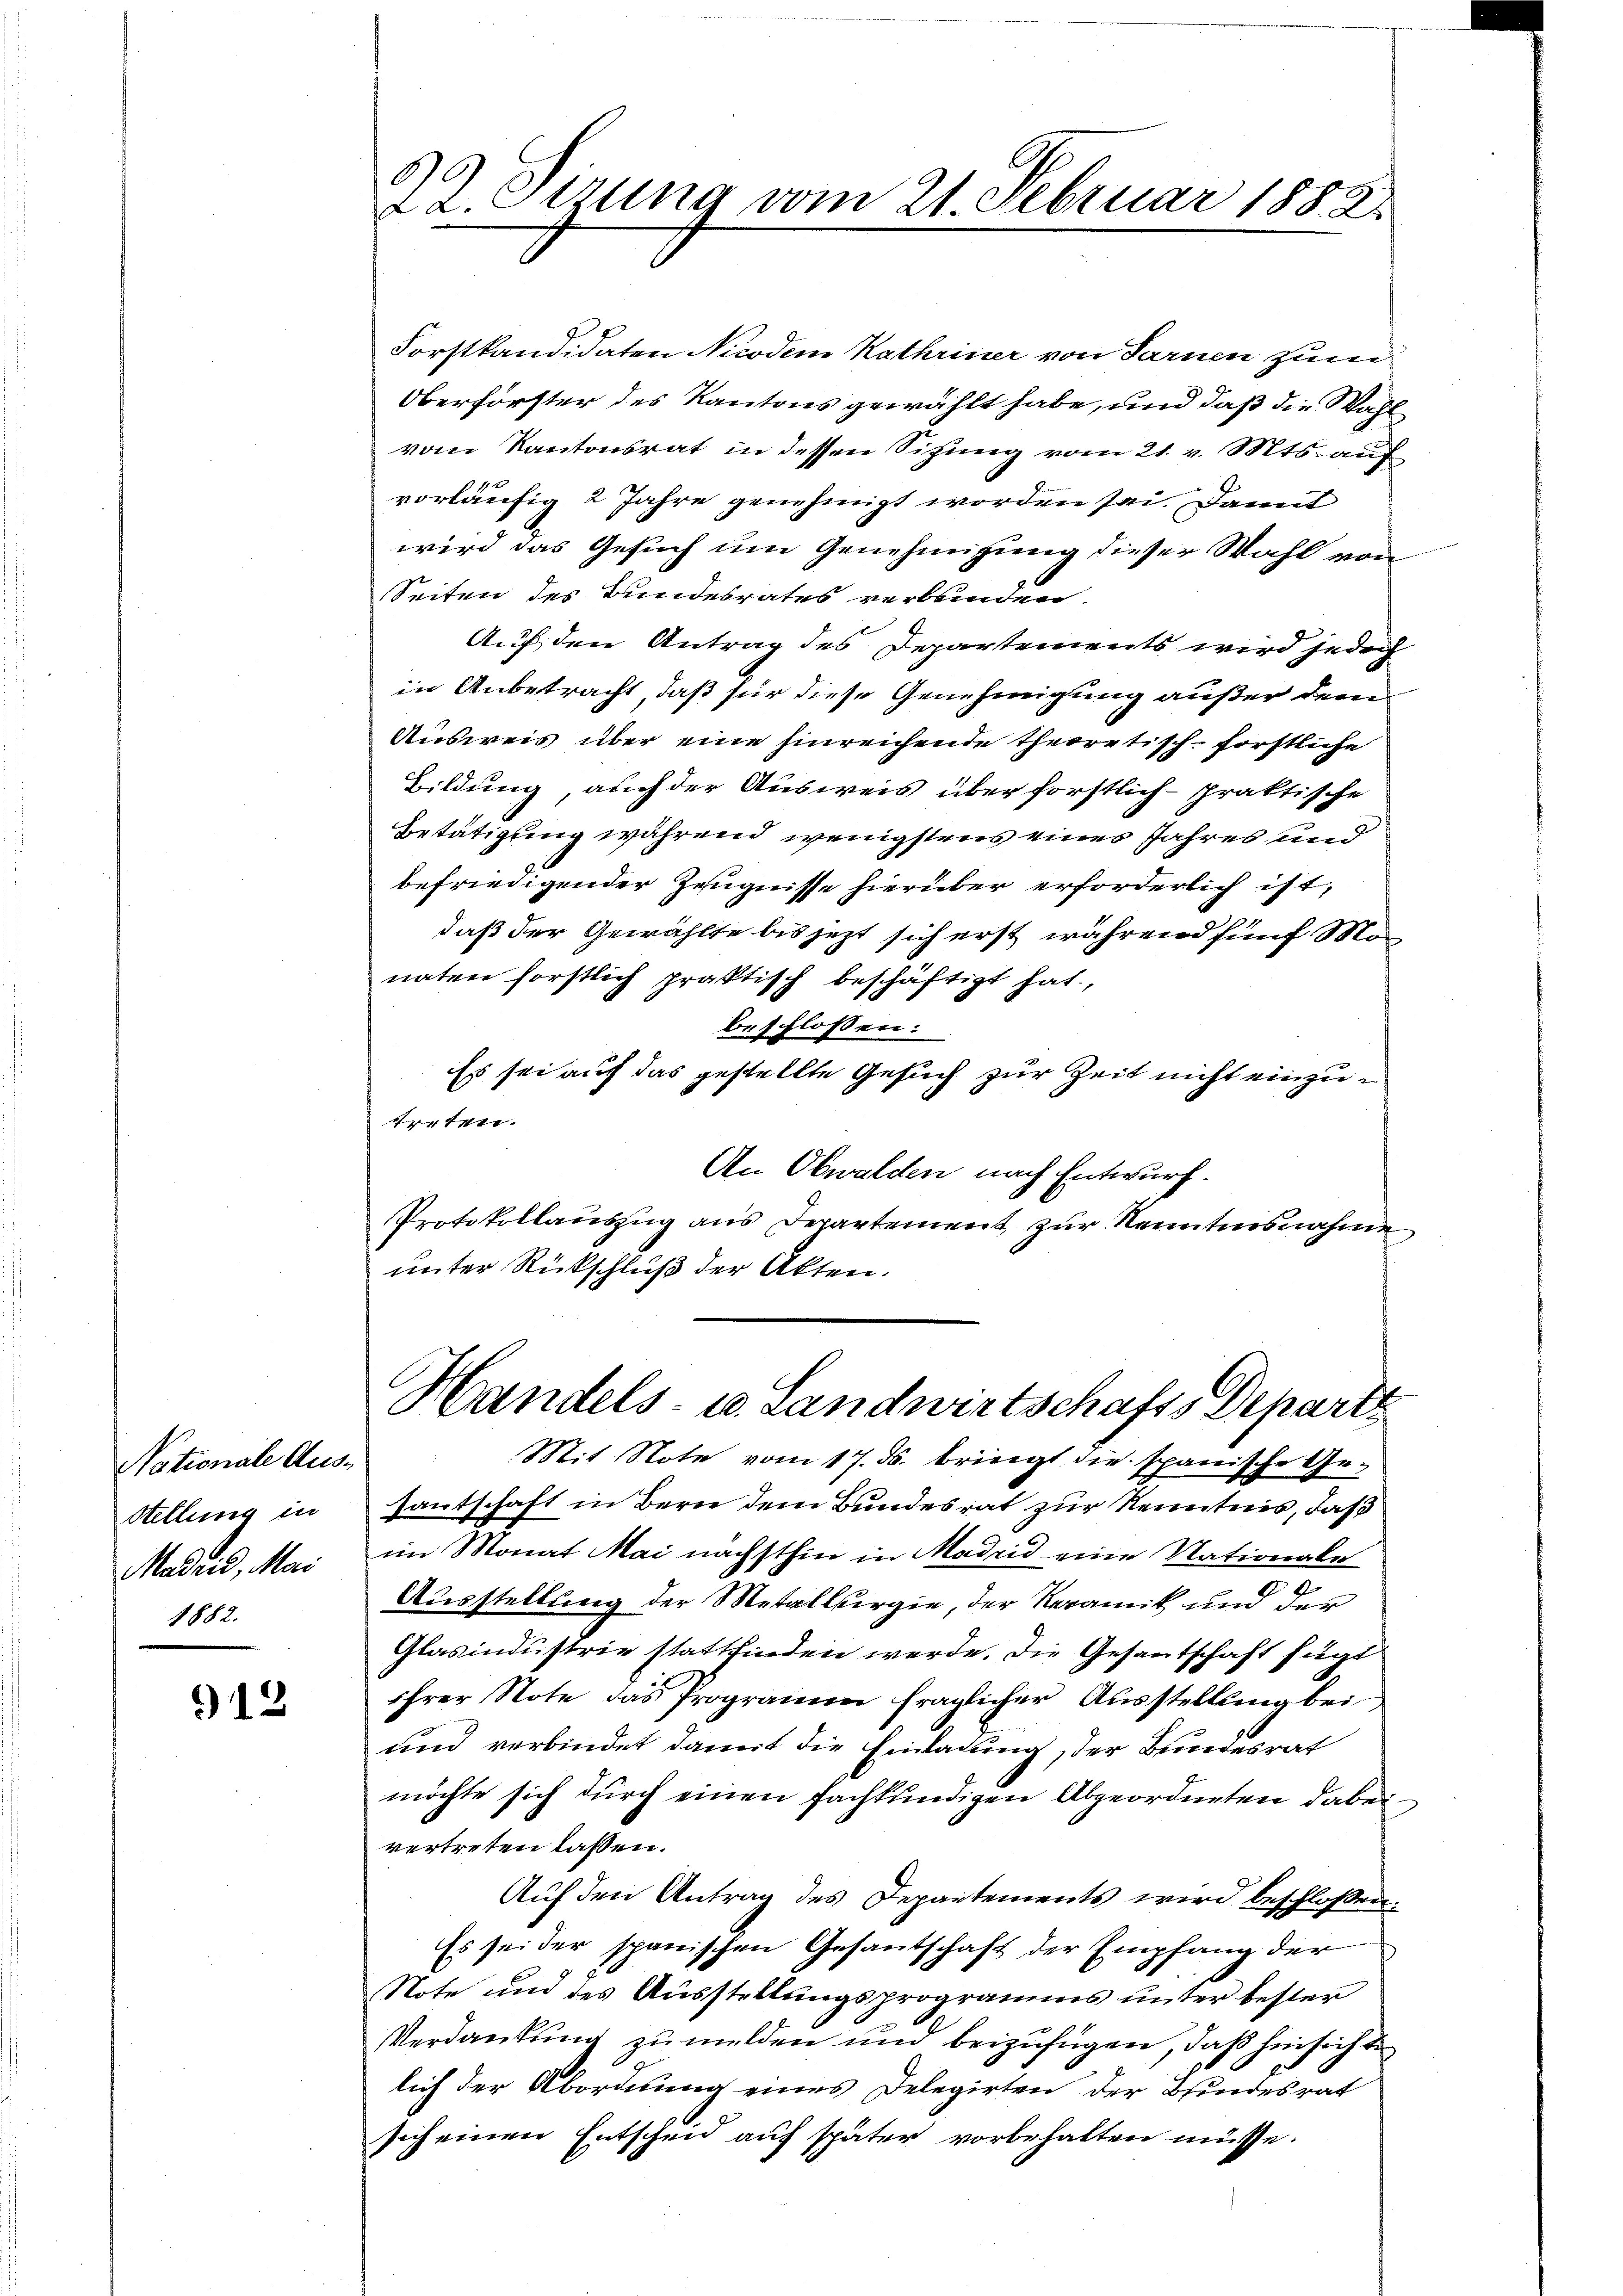
Nationale Aus-
Stellung in
Madrid, Mai
1882.

912

O
2.Stzung vom 21. Februar 1882.

Forstkandidaten Nicodem Kathriner von Farnen zum
Oberforster des Kantons gewählt habe, und daß die Wahl
vom Kantonsrat in dessen Sitzung vom 21. v. Mts. auf
vorläufig 2 Jahre genehmigt worden sei. Damit
wird das Gesuch um Genehmigung dieser Wahl von
Seiten des Bundesrates verbunden.
Auf den Antrag des Departements wird jedoch
in Anbetracht, daß für diese Genehmigung außer dem
Ausweis über eine hinreichende theoretisch-forstliche
Bildung, auch der Ausweis über forstlich - praktische
Betätigung während wenigstens eines Jahres und
befriedigender Zeugnisse hierüber erforderlich ist,
daß der Gewählte bis jetzt sich erst während fünf Mo
naten forstlich praktisch beschäftigt hat.
beschlossen:
Es sei auf das gestellte Gesuch zur Zeit nicht einzutreten.
An Obwalden nach Entwurf.
Protokollaŭszŭg ans Departement zŭr Kenntnisnahme
unter Rückschluß der Akten.
Handels- u. Landwirtschafts Departe
Mit Note vom 17. ds. bringt die spanische Ge-
Zantschaft in Bern dem Bundesrat zur Kenntnis, daß
im Monat Mai nächsthin in Madrid eine Nationale
Ausstellung der Metallbergie, der Keramik und der
Glasindustrie stattfinden werde. Die Gesantschaft fügt
ihrer Note das Programm fraglicher Ausstellung bei
und verbindet damit die Einladung, der Bundesrat
möchte sich durch einen fachkundigen Abgeordneten dabei
vertreten lassen.
Auf den Antrag des Departements wird beschloßen:
Es sei der spanischen Gesantschaft der Empfang der
Note und des Ausstellungsprogramms unter bester
Verdankung zu melden und beizufügen, daß hinsichte
lich der Abordnung eines Delegirten der Bundesrat
sich einen Entscheid auf später vorbehalten müsse.